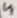
Text: 4